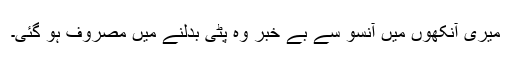
میری آنکھوں میں آنسو سے بے خبر وہ پٹی بدلنے میں مصروف ہو گئی۔